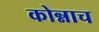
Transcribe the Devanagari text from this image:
कोन्नाच